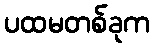
ပထမတစ်ခုက